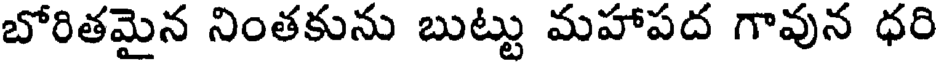
బోరితమైన నింతకును బుట్టు మహాపద గావున ధరి